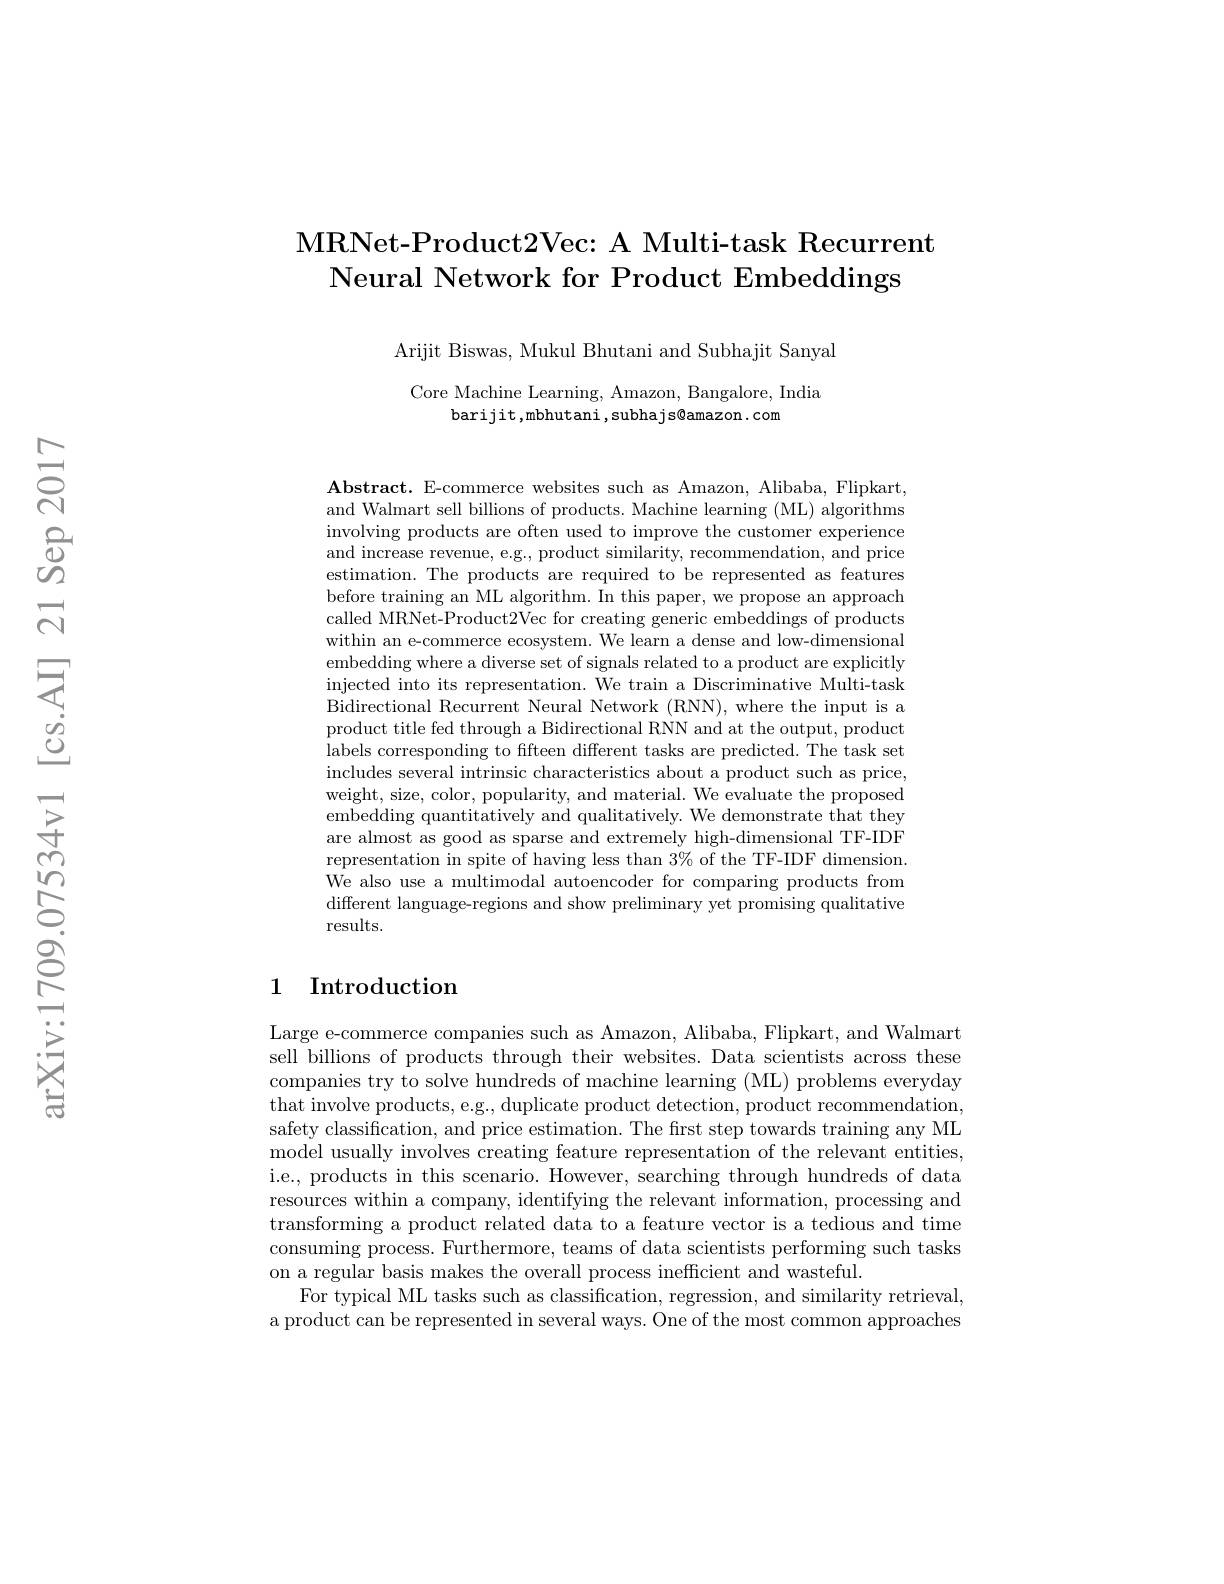
## MRNet- Product2Vec: A Multi-task Recurrent Neural Network for Product Embeddings

Arijit Biswas, Mukul Bhutani and Subhajit Sanyal

Core Machine Learning, Amazon, Bangalore, India
barijit,mbhutani,subhajs@amazon.com

$\mathbf{Abstract.~E-commerce~websites~such~as~Amazon,~Alibaba,~Flipkart,}$ and Walmart sell billions of products. Machine learning (ML) algorithms involving products are often used to improve the customer experience and increase revenue, e.g., product similarity, recommendation, and price estimation. The products are required to be represented as features before training an ML algorithm. In this paper, we propose an approach called MRNet-Product2Vec for creating generic embeddings of products within an e-commerce ecosystem. We learn a dense and low-dimensional embedding where a diverse set of signals related to a product are explicitly injected into its representation. We train a Discriminative Multi-task Bidirectional Recurrent Neural Network (RNN), where the input is a product title fed through a Bidirectional RNN and at the output, product labels corresponding to fifteen different tasks are predicted. The task set $\hat{\text{includes several intrinsic characteristics about a product such as price,}}$ weight, size, color, popularity, and material. We evaluate the proposed embedding quantitatively and qualitatively. We demonstrate that they are almost as good as sparse and extremely high-dimensional TF-IDF representation in spite of having less than $3\%$ of the TF-IDF dimension. We also use a multimodal autoencoder for comparing products from different language-regions and show preliminary yet promising qualitative results.

## 1 Introduction

Large e-commerce companies such as Amazon, Alibaba, Flipkart, and Walmart sell billions of products through their websites. Data scientists across these companies try to solve hundreds of machine learning (ML) problems everyday that involve products, e.g., duplicate product detection, product recommendation, safety classification, and price estimation. The first step towards training any ML model usually involves creating feature representation of the relevant entities, i.e., products in this scenario. However, searching through hundreds of data resources within a company, identifying the relevant information, processing and transforming a product related data to a feature vector is a tedious and time consuming process. Furthermore, teams of data scientists performing such tasks on a regular basis makes the overall process inefficient and wasteful.
For typical ML tasks such as classification, regression, and similarity retrieval, a product can be represented in several ways. One of the most common approaches